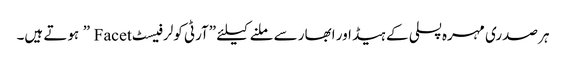
ہر صدری مہرہ پسلی کے ہیڈ اور ابھار سے ملنے کیلئے ”آرٹی کولر فیسٹ Facet ” ہوتے ہیں۔